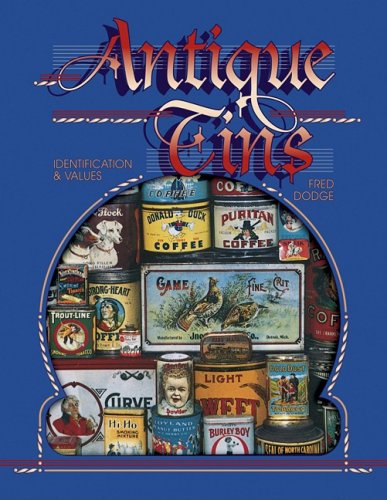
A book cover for Antique Tins: Identification & Values; Fred Dodge; Humor & Entertainment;